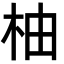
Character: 柚